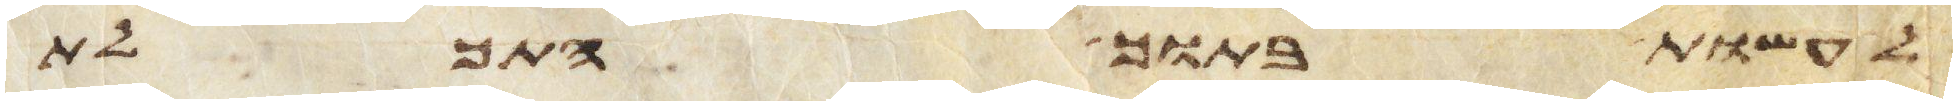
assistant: לעשות בתוך התכלת